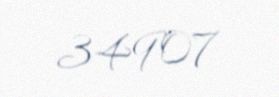
34907